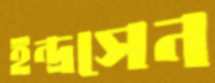
ইন্দ্রসেন